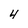
Character: 4